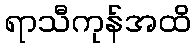
ရာသီကုန်အထိ